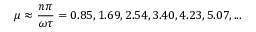
\mu \approx \frac { n \pi } { \omega \tau } = 0 . 8 5 , 1 . 6 9 , 2 . 5 4 , 3 . 4 0 , 4 . 2 3 , 5 . 0 7 , . . .